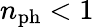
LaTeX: n_{\mathrm{ph}}<1